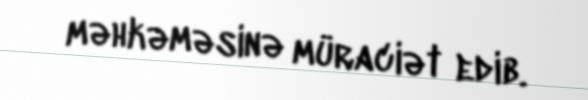
məhkəməsinə müraciət edib.